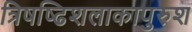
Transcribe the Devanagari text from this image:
त्रिषष्ढिशलाकापुरुश